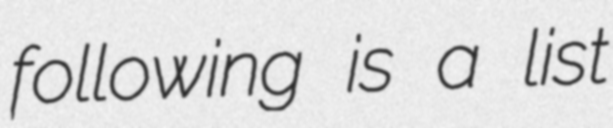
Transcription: following is a list